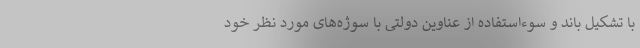
با تشکیل باند و سوءاستفاده از عناوین دولتی با سوژه‌های مورد نظر خود